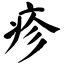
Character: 疹